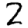
Digit: 2